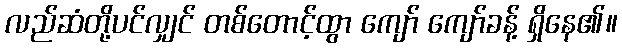
လည်ဆံတို့ပင်လျှင် တစ်တောင့်ထွာ ကျော် ကျော်ခန့် ရှိနေ၏။